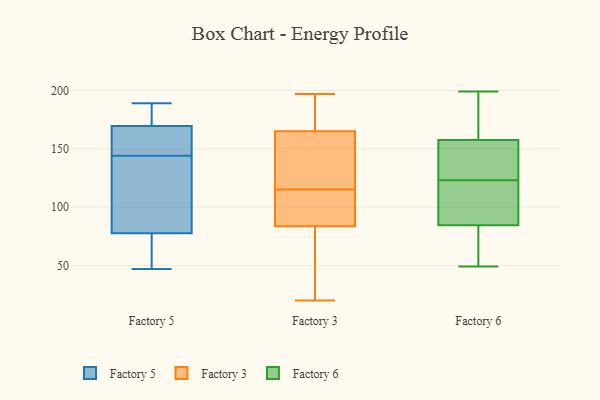
{"axis": {"x": "Waste Production (Tons)", "y": "Value"}, "legend": ["Factory 3", "Factory 5", "Factory 6"], "data": [{"x": "", "y": 100, "type": "Factory 5"}, {"x": "", "y": 101, "type": "Factory 5"}, {"x": "", "y": 171, "type": "Factory 5"}, {"x": "", "y": 169, "type": "Factory 5"}, {"x": "", "y": 50, "type": "Factory 5"}, {"x": "", "y": 162, "type": "Factory 5"}, {"x": "", "y": 163, "type": "Factory 5"}, {"x": "", "y": 79, "type": "Factory 5"}, {"x": "", "y": 187, "type": "Factory 5"}, {"x": "", "y": 189, "type": "Factory 5"}, {"x": "", "y": 73, "type": "Factory 5"}, {"x": "", "y": 144, "type": "Factory 5"}, {"x": "", "y": 47, "type": "Factory 5"}, {"x": "", "y": 143, "type": "Factory 3"}, {"x": "", "y": 171, "type": "Factory 3"}, {"x": "", "y": 80, "type": "Factory 3"}, {"x": "", "y": 160, "type": "Factory 3"}, {"x": "", "y": 182, "type": "Factory 3"}, {"x": "", "y": 197, "type": "Factory 3"}, {"x": "", "y": 114, "type": "Factory 3"}, {"x": "", "y": 106, "type": "Factory 3"}, {"x": "", "y": 132, "type": "Factory 3"}, {"x": "", "y": 116, "type": "Factory 3"}, {"x": "", "y": 20, "type": "Factory 3"}, {"x": "", "y": 112, "type": "Factory 3"}, {"x": "", "y": 65, "type": "Factory 3"}, {"x": "", "y": 170, "type": "Factory 3"}, {"x": "", "y": 73, "type": "Factory 3"}, {"x": "", "y": 87, "type": "Factory 3"}, {"x": "", "y": 49, "type": "Factory 6"}, {"x": "", "y": 150, "type": "Factory 6"}, {"x": "", "y": 105, "type": "Factory 6"}, {"x": "", "y": 160, "type": "Factory 6"}, {"x": "", "y": 86, "type": "Factory 6"}, {"x": "", "y": 123, "type": "Factory 6"}, {"x": "", "y": 84, "type": "Factory 6"}, {"x": "", "y": 140, "type": "Factory 6"}, {"x": "", "y": 53, "type": "Factory 6"}, {"x": "", "y": 172, "type": "Factory 6"}, {"x": "", "y": 199, "type": "Factory 6"}]}